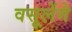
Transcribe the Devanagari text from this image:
वसूलेंगे